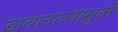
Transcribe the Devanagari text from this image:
डावलल्यामुळे